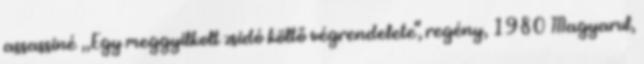
assassiné „Egy meggyilkolt zsidó költő végrendelete", regény, 1980 Magyarul,